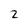
Character: 2